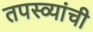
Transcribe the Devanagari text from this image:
तपस्व्यांची